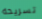
تسريحه